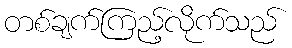
တစ်ချက်ကြည့်လိုက်သည်